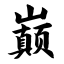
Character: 巅